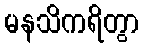
မနသိကရိတွာ